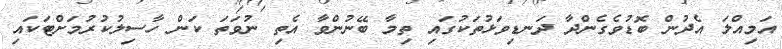
އަމިއްލަ އެދުން ބޮޑުވެގެންދާ ދަނޑިވަޅުތަކުގައި ތިމާ ބޭނުންވާ އެތި ނުވަތަ ކަން ހާސިލުކުރުމަށްޓަކައި